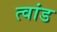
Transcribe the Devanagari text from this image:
त्वांड